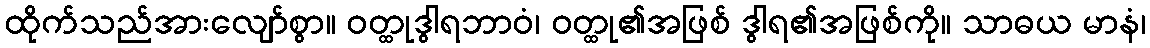
ထိုက်သည်အားလျော်စွာ။ ဝတ္ထုဒွါရဘာဝံ၊ ဝတ္ထု၏အဖြစ် ဒွါရ၏အဖြစ်ကို။ သာဓယ မာနံ၊